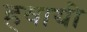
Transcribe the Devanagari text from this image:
हवायी